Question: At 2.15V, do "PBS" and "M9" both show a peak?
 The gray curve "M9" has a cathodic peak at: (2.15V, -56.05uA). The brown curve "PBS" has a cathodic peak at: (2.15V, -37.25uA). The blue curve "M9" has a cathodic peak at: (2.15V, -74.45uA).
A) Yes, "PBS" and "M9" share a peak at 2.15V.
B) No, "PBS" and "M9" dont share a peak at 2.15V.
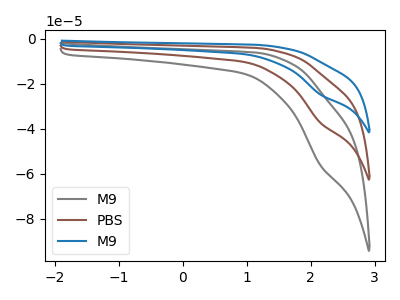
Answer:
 <answer>A) Yes, "PBS" and "M9" share a peak at 2.15V.</answer>
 <eval>A</eval>